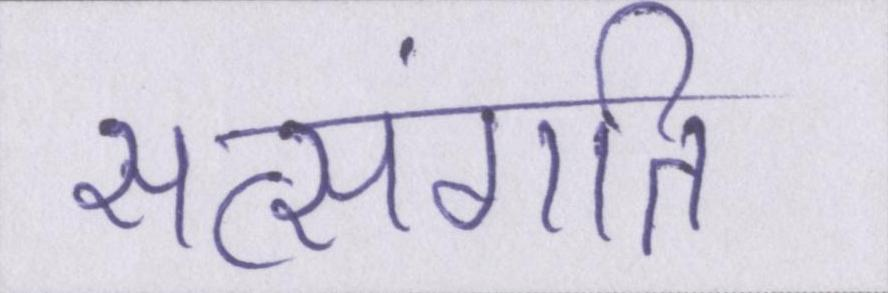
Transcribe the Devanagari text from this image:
सत्संगति